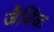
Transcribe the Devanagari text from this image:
जैविंक